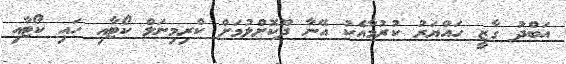
އަބްދު ގާޒީ ހައްޔަރު ކުރުމާއެކު އޭނާ ދޫކޮށްލުމަށް ކްރިމިނަލް ކޯޓާއި ހައި ކޯޓާއި